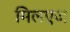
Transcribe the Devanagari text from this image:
मिलएज